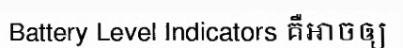
Battery Level Indicators គឺអាចឲ្យ